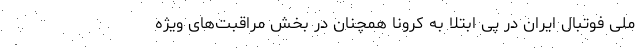
ملی فوتبال ایران در پی ابتلا به کرونا همچنان در بخش مراقبت‌های ویژه